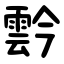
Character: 霒